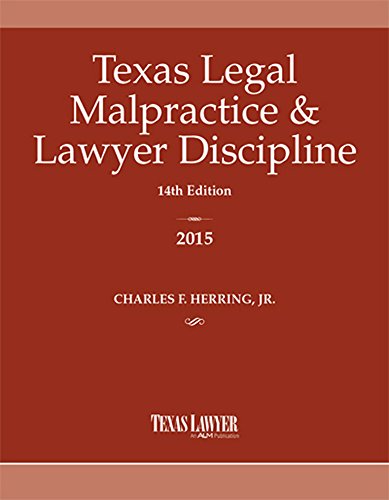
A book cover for Texas Legal Malpractice & Lawyer Discipline 2015; Charles F Herring Jr.; Law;